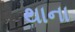
થાના